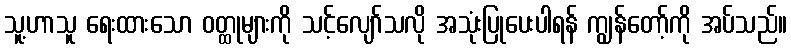
သူ့ဟာသူ ရေးထားသော ဝတ္ထုများကို သင့်လျော်သလို အသုံးပြုပေးပါရန် ကျွန်တော့်ကို အပ်သည်။